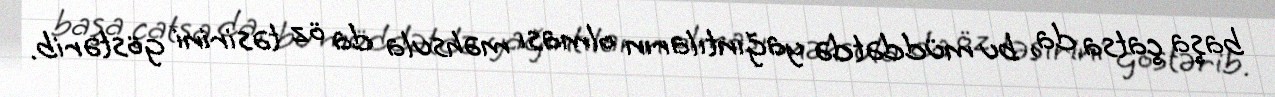
başa çatsa da, bu müddətdə yağıntıların olması məhsula da öz təsirini göstərib.